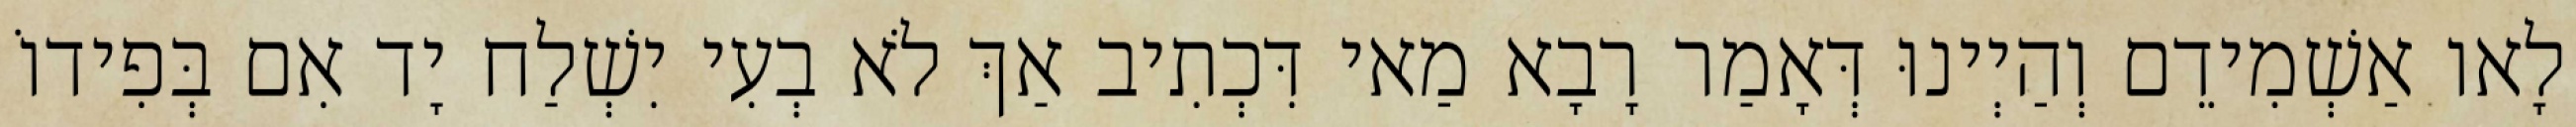
לָאו אַשְׁמִידֵם וְהַיְינוּ דְּאָמַר רָבָא מַאי דִּכְתִיב אַךְ לֹא בְעִי יִשְׁלַח יָד אִם בְּפִידוֹ